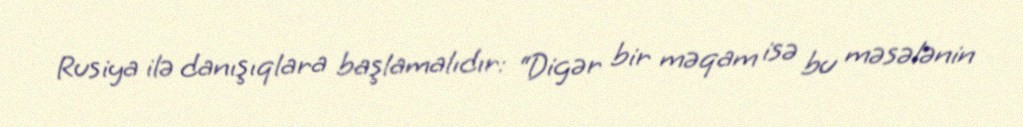
Rusiya ilə danışıqlara başlamalıdır: “Digər bir məqam isə bu məsələnin